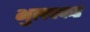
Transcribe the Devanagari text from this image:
भुलक्कड